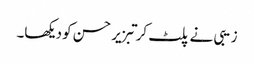
زیبی نے پلٹ کر تبزیر حسن کو دیکھا۔